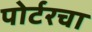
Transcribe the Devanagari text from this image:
पोर्टरचा